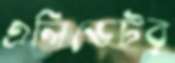
এলিভেটর